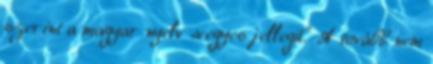
szerint a magyar nyelv „vegyes jellegű." A tovább nem